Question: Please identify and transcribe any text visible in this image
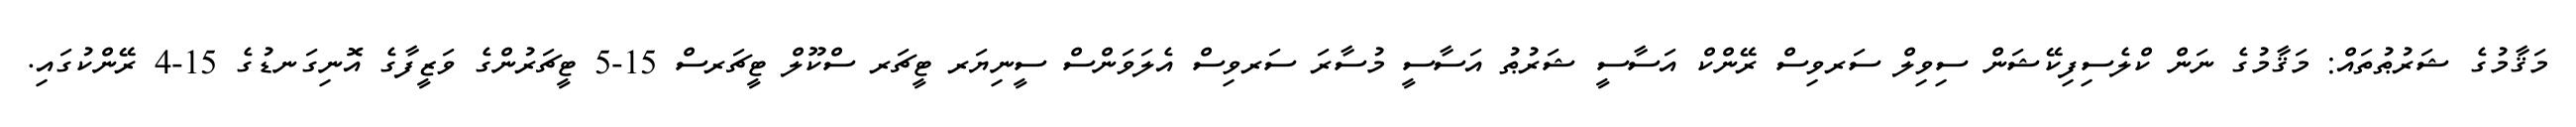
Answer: މަޤާމުގެ ޝަރުޠުތައް: މަޤާމުގެ ނަން ކްލެސިފިކޭޝަން ސިވިލް ސަރވިސް ރޭންކް އަސާސީ ޝަރުޠު އަސާސީ މުސާރަ ސަރވިސް އެލަވަންސް ސީނިޔަރ ޓީޗަރ ސްކޫލް ޓީޗަރސް 15-5 ޓީޗަރުންގެ ވަޒީފާގެ އޮނިގަނޑުގެ 15-4 ރޭންކުގައި.